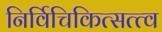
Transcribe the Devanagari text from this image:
निर्विचिकित्सत्त्व